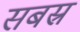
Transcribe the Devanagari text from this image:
सबस्र